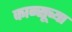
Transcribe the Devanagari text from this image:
कान्सूच्या